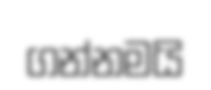
ගන්නමයි